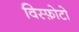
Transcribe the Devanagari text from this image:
विस्फ़ोटो